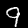
Label: 9